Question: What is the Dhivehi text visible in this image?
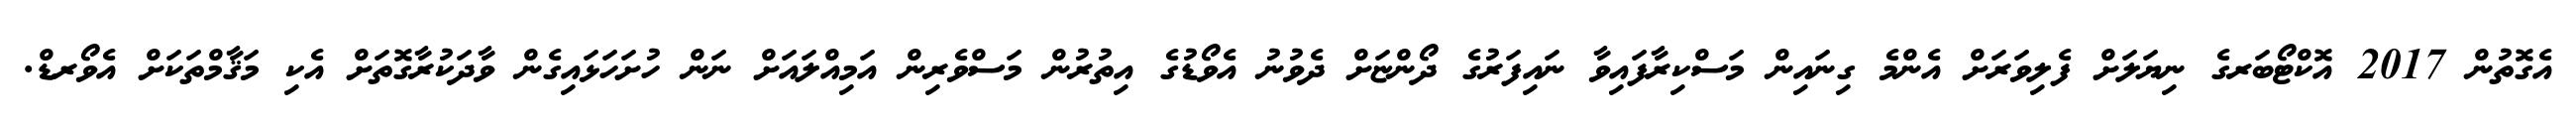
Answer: އެގޮތުން 2017 އޮކްޓޯބަރގެ ނިޔަލަށް ފެލިވަރަށް އެންމެ ގިނައިން މަސްކިރާފައިވާ ނައިފަރުގެ ދޯންޏަށް ދެވުނު އެވޯޑުގެ އިތުރުން މަސްވެރިން އަމިއްލައަށް ނަން ހުށަހަޅައިގެން ވާދަކުރާގޮތަށް އެކި މަޤާމްތަކަށް އެވޯރޑް.